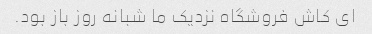
ای کاش فروشگاه نزدیک ما شبانه روز باز بود.